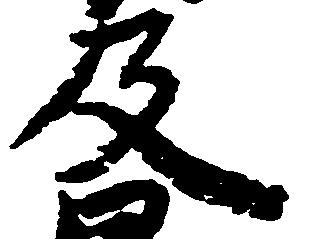
及